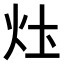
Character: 𤆧